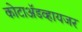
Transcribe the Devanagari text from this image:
कोटाॲडव्हायजर